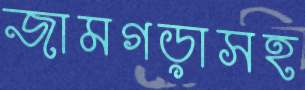
জামগড়াসহ